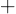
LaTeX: \scriptstyle+